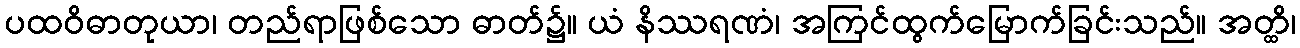
ပထဝိဓာတုယာ၊ တည်ရာဖြစ်သော ဓာတ်၌။ ယံ နိဿရဏံ၊ အကြင်ထွက်မြောက်ခြင်းသည်။ အတ္ထိ၊